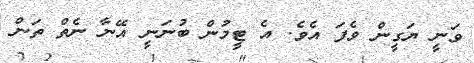
ވަނީ ޔަގީން ވެފަ އެވެ. އެ ޓީމުން ބުނަނީ އޭނާ ނެތް ތަން